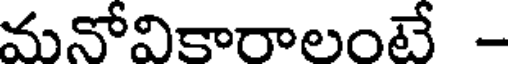
మనోవికారాలంటే -